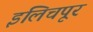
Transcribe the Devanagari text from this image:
इलिचपूर